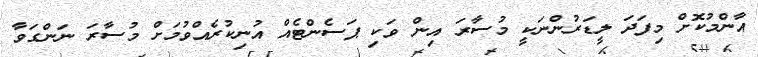
އާންމުކޮށް މިފަދަ ލީޑަރުންނަކީ މުސާރަ އިން ވަކި ޕަސެންޓެއް އުނިކުރެއްވުމަށް މުސާރަ ނަންގަވާ